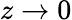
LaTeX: z\to 0